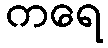
ကရေ